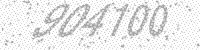
Solution: 904100